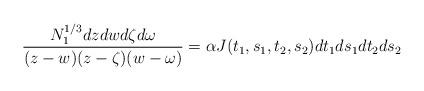
LaTeX: \begin{align*}\frac{N_1^{1/3}dzdwd\zeta d\omega}{(z-w)(z-\zeta)(w-\omega)}=\alpha J(t_1,s_1,t_2,s_2)dt_1ds_1dt_2ds_2\end{align*}